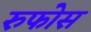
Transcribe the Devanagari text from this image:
रुफोस